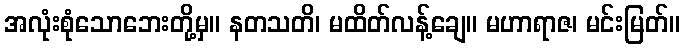
အလုံးစုံသောဘေးတို့မှ။ နတသတိ၊ မထိတ်လန့်ချေ။ မဟာရာဇ၊ မင်းမြတ်။